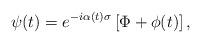
LaTeX: \begin{align*}\psi(t) = e^{-i \alpha(t) \sigma} \left[ \Phi + \phi(t) \right],\end{align*}